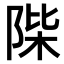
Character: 𨹼